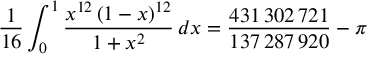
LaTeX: { \frac { 1 } { 1 6 } } \int _ { 0 } ^ { 1 } { \frac { x ^ { 1 2 } \left( 1 - x \right) ^ { 1 2 } } { 1 + x ^ { 2 } } } \, d x = { \frac { 4 3 1 \, 3 0 2 \, 7 2 1 } { 1 3 7 \, 2 8 7 \, 9 2 0 } } - \pi